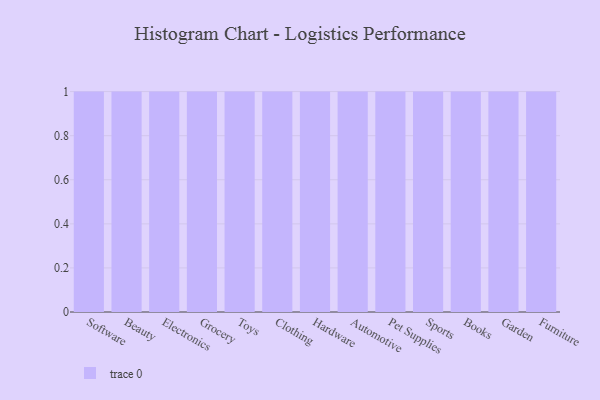
{"axis": {"x": "Category", "y": "Tickets Resolved"}, "legend": [""], "data": [{"x": "Software", "y": 65, "type": ""}, {"x": "Beauty", "y": 21, "type": ""}, {"x": "Electronics", "y": 61, "type": ""}, {"x": "Grocery", "y": 55, "type": ""}, {"x": "Toys", "y": 51, "type": ""}, {"x": "Clothing", "y": 14, "type": ""}, {"x": "Hardware", "y": 96, "type": ""}, {"x": "Automotive", "y": 58, "type": ""}, {"x": "Pet Supplies", "y": 64, "type": ""}, {"x": "Sports", "y": 43, "type": ""}, {"x": "Books", "y": 38, "type": ""}, {"x": "Garden", "y": 60, "type": ""}, {"x": "Furniture", "y": 51, "type": ""}]}